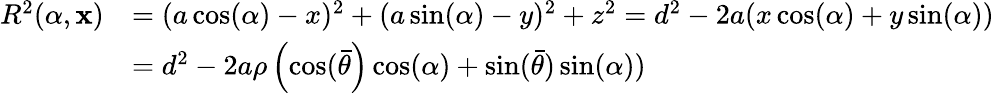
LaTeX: \begin{array}{rl}{R^{2}(\alpha,\textbf{x})}&{=(a\cos(\alpha)-x)^{2}+(a\sin(\alpha)-y)^{2}+z^{2}=d^{2}-2a(x\cos(\alpha)+y\sin(\alpha))}\\ &{=d^{2}-2a\rho\left(\cos(\bar{\theta}\right)\cos(\alpha)+\sin(\bar{\theta})\sin(\alpha))}\end{array}